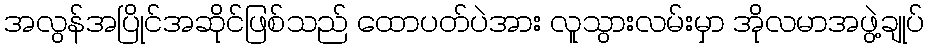
အလွန်အပြိုင်အဆိုင်ဖြစ်သည် ထောပတ်ပဲအား လူသွားလမ်းမှာ အိုလမာအဖွဲ့ချုပ်